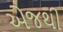
એજથી